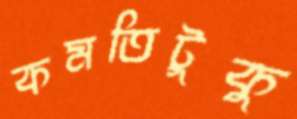
কমতিটুকু